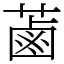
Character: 蓾